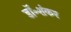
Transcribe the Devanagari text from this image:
डॉ॰शंकर